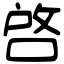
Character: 啓